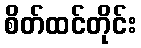
စိတ်ထင်တိုင်း